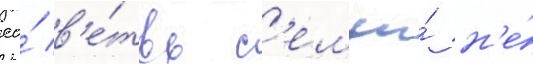
ео́ в'е́твь с'емьи́ н'е́